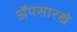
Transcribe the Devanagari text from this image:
ॲपसारखे